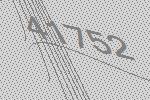
41752